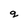
Character: g